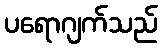
ပရောဂျက်သည်